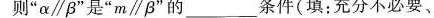
则”α\parallel β”是”m\parallel β”的______条件(填；充分不必要、